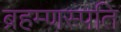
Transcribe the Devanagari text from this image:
ब्रहम्णस्पति